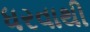
ધરવાથી